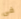
فى